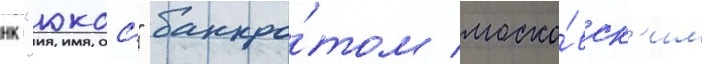
нк "юкос" банкро́том моско́вск'им